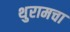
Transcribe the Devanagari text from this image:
थुरामचा